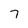
Character: 7